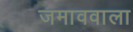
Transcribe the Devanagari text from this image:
जमाववाला